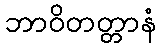
ဘာဝိတတ္တာနံ